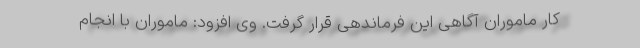
کار ماموران آگاهی این فرماندهی قرار گرفت. وی افزود: ماموران با انجام